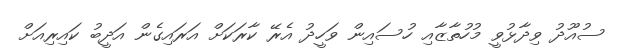
ސުއޫދު ވިދާޅުވީ މުހުތާޒާއި ހުސައިން ވަހީދު އެރޭ ކާރަކަށް އަރައިގެން އަދީބު ކައިރިއަށް